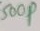
Text: 500p